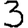
Digit: 3